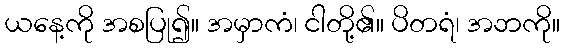
ယနေ့ကို အစပြု၍။ အမှာကံ၊ ငါတို့၏။ ပိတရံ၊ အဘကို။